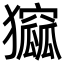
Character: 㺠